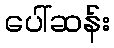
ပေါ်ဆန်း